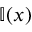
\mathbb { I } ( x )